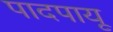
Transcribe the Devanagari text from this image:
पादपायू